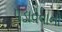
પડાવવાનો